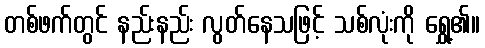
တစ်ဖက်တွင် နည်းနည်း လွတ်နေသဖြင့် သစ်လုံးကို ရွှေ့၏။